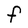
Character: F